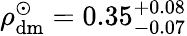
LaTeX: \rho_{\mathrm{dm}}^{\odot}=0.35_{-0.07}^{+0.08}